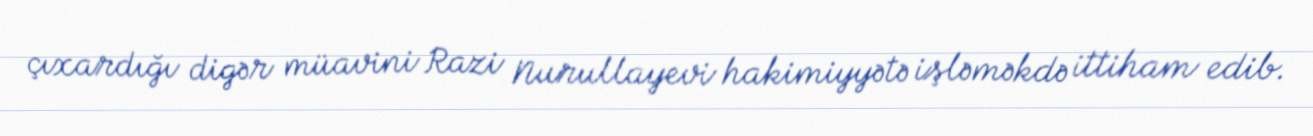
çıxardığı digər müavini Razi Nurullayevi hakimiyyətə işləməkdə ittiham edib.